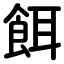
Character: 餌